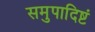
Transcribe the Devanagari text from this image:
समुपादिष्टं